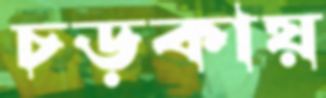
চড়কায়